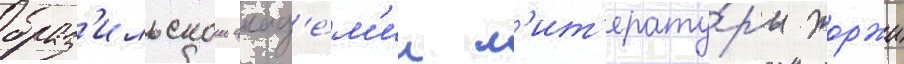
браз'ильскои акад'е́м'ии л'ит'ерату́ры жоржи